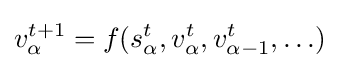
v_{\alpha }^{t+1}=f(s_{\alpha }^{t},v_{\alpha }^{t},v_{\alpha -1}^{t},\ldots )